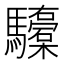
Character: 𮪞